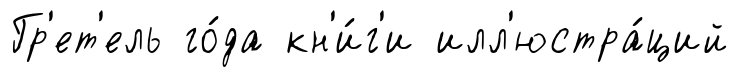
Гр'ет'ель го́да кн'и́г'и илл'юстра́ций